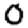
Digit: 0